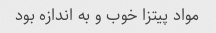
مواد پیتزا خوب و به اندازه بود